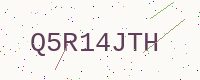
Text: Q5R14JTH